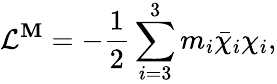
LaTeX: {{\cal{L}}^{\mathbf{M}}}=-\frac{{1}}{{2}}\sum_{i=3}^{3}m_{i}\bar{{\chi}}_{i}\chi_{i},